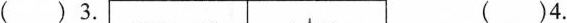
（）3. （）4.